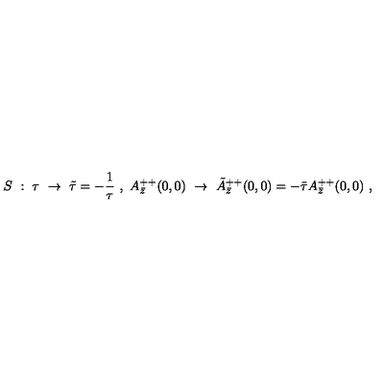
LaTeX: S \ : \ \tau \ \rightarrow \ \tilde { \tau } = - \frac { 1 } { \tau } \ , \ A _ { \bar { z } } ^ { + + } ( 0 , 0 ) \ \rightarrow \ \tilde { A } _ { \bar { z } } ^ { + + } ( 0 , 0 ) = - \bar { \tau } A _ { \bar { z } } ^ { + + } ( 0 , 0 ) \ ,